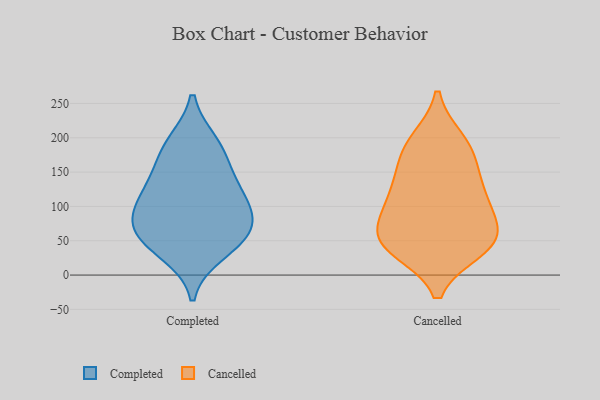
{"axis": {"x": "Temperature (°C)", "y": "Value"}, "legend": ["Cancelled", "Completed"], "data": [{"x": "", "y": 96, "type": "Completed"}, {"x": "", "y": 150, "type": "Completed"}, {"x": "", "y": 66, "type": "Completed"}, {"x": "", "y": 125, "type": "Completed"}, {"x": "", "y": 58, "type": "Completed"}, {"x": "", "y": 53, "type": "Completed"}, {"x": "", "y": 33, "type": "Completed"}, {"x": "", "y": 85, "type": "Completed"}, {"x": "", "y": 114, "type": "Completed"}, {"x": "", "y": 184, "type": "Completed"}, {"x": "", "y": 192, "type": "Completed"}, {"x": "", "y": 196, "type": "Cancelled"}, {"x": "", "y": 154, "type": "Cancelled"}, {"x": "", "y": 43, "type": "Cancelled"}, {"x": "", "y": 63, "type": "Cancelled"}, {"x": "", "y": 171, "type": "Cancelled"}, {"x": "", "y": 45, "type": "Cancelled"}, {"x": "", "y": 122, "type": "Cancelled"}, {"x": "", "y": 192, "type": "Cancelled"}, {"x": "", "y": 46, "type": "Cancelled"}, {"x": "", "y": 61, "type": "Cancelled"}, {"x": "", "y": 38, "type": "Cancelled"}, {"x": "", "y": 116, "type": "Cancelled"}, {"x": "", "y": 108, "type": "Cancelled"}, {"x": "", "y": 91, "type": "Cancelled"}]}